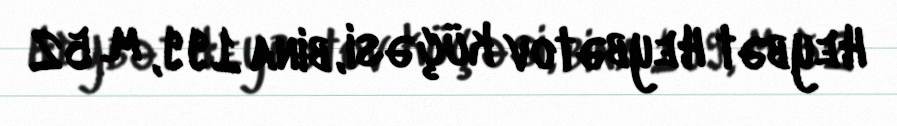
Heybət Heybətov küçəsi, bina 199, m. 52